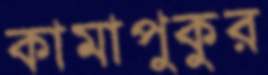
কামাপুকুর